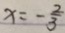
x = - \frac { 2 } { 3 }